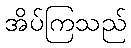
အိပ်ကြသည်